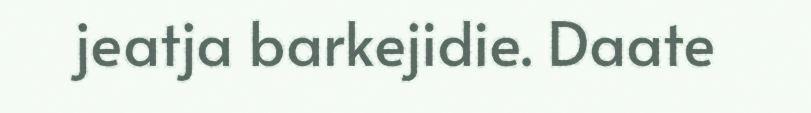
jeatja barkejidie. Daate